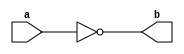
module not_gate(b,a);

input a;
output b;

nand(b,a,a);

endmodule